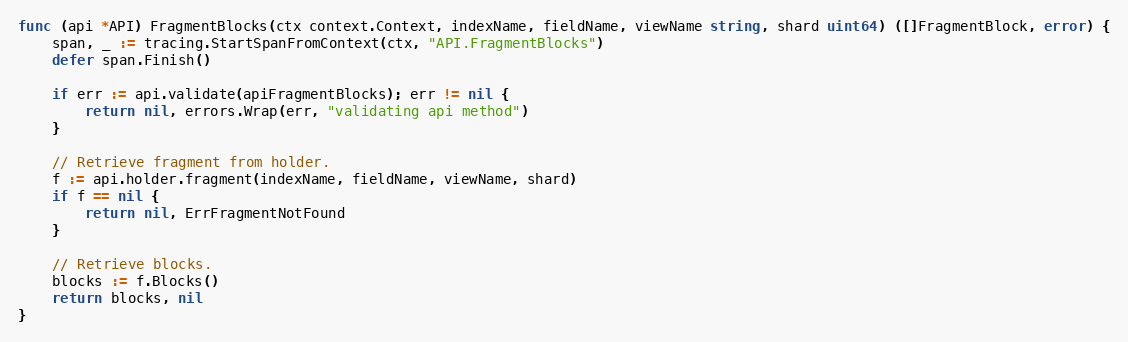
Language: Go
func (api *API) FragmentBlocks(ctx context.Context, indexName, fieldName, viewName string, shard uint64) ([]FragmentBlock, error) {
	span, _ := tracing.StartSpanFromContext(ctx, "API.FragmentBlocks")
	defer span.Finish()

	if err := api.validate(apiFragmentBlocks); err != nil {
		return nil, errors.Wrap(err, "validating api method")
	}

	// Retrieve fragment from holder.
	f := api.holder.fragment(indexName, fieldName, viewName, shard)
	if f == nil {
		return nil, ErrFragmentNotFound
	}

	// Retrieve blocks.
	blocks := f.Blocks()
	return blocks, nil
}